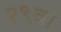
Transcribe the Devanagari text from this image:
२९वां